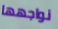
نواجهها